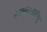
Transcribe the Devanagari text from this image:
नभतनयानंदनरिपू